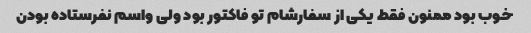
خوب بود ممنون فقط یکی از سفارشام تو فاکتور بود ولی واسم نفرستاده بودن